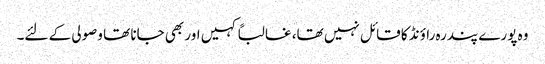
وہ پورے پندرہ راؤنڈ کا قائل نہیں تھا، غالباً کہیں اور بھی جانا تھا وصولی کے لئے۔